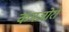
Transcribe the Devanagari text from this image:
कमजोरो